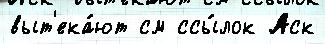
выт'ека́ют см ссы́лок Аск